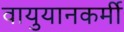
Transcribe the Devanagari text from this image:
वायुयानकर्मी